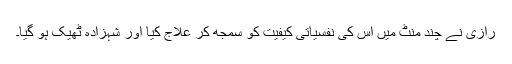
رازی نے چند منٹ میں اس کی نفسیاتی کیفیت کو سمجھ کر علاج کیا اور شہزادہ ٹھیک ہو گیا۔